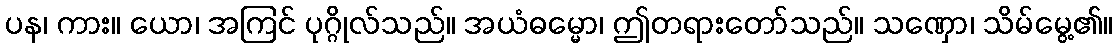
ပန၊ ကား။ ယော၊ အကြင် ပုဂ္ဂိုလ်သည်။ အယံဓမ္မော၊ ဤတရားတော်သည်။ သဏှော၊ သိမ်မွေ့၏။